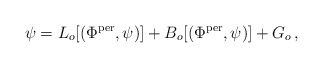
\begin{align*} \psi = L_o[(\Phi^{\rm per},\psi)] + B_o[(\Phi^{\rm per},\psi)] + G_o\, ,\end{align*}